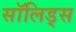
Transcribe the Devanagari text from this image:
सॉलिड्स